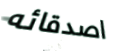
اصدقائه